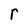
Character: r